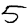
Digit: 5